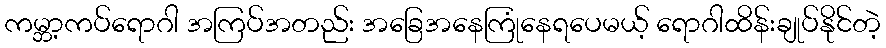
ကမ္ဘာ့ကပ်ရောဂါ အကြပ်အတည်း အခြေအနေကြုံနေရပေမယ့် ရောဂါထိန်းချုပ်နိုင်တဲ့